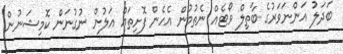
ބަދަލު އަންނަވަރުގެ ބާތިލް ވޯޓެއް ނެތުމުން އެހެން ފޮށިތައް އަލުން ނުގުނަން ކޮމިޝަނުން